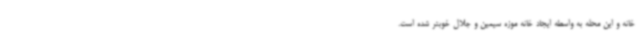
خانه و این محله به واسطه ایجاد خانه موزه سیمین و جلال خوبتر شده است.